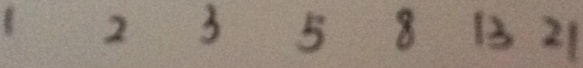
1 2 3 5 8 1 3 2 1